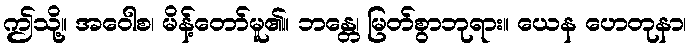
ဤသို့။ အဝေါစ၊ မိန့်တော်မူ၏။ ဘန္တေ၊ မြတ်စွာဘုရား။ ယေန ဟေတုနာ၊